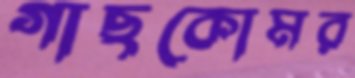
গাছকোমর